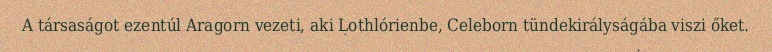
A társaságot ezentúl Aragorn vezeti, aki Lothlórienbe, Celeborn tündekirályságába viszi őket.